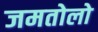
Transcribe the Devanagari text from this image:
जमतोलो